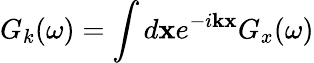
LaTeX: G_{k}(\omega)=\int d\mathbf{x}e^{-i\mathbf{k}\mathbf x}G_{x}(\omega)